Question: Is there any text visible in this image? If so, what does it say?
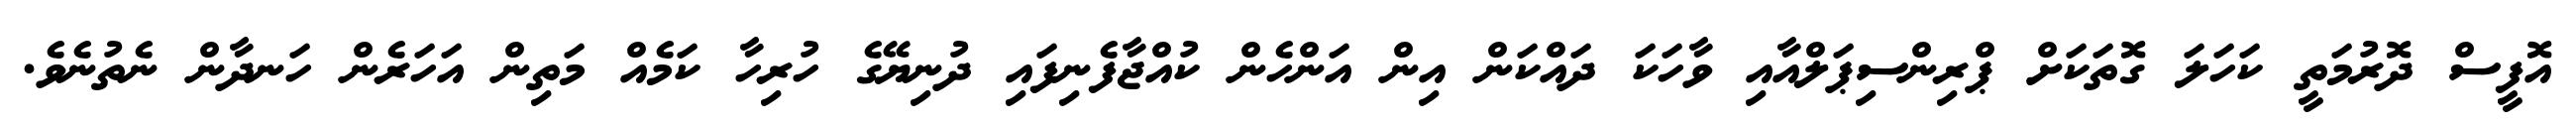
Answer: އޮފީސް ދޮރުމަތީ ކަހަލަ ގޮތަކަށް ޕްރިންސިޕަލްއާއި ވާހަކަ ދައްކަން އިން އަންހެން ކުއްޖާފެނިފައި ދުނިޔޭގެ ހުރިހާ ކަމެއް މަތިން އަހަރެން ހަނދާން ނެތުނެވެ.